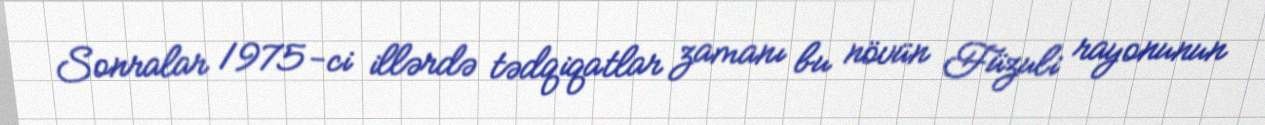
Sonralar 1975-ci illərdə tədqiqatlar zamanı bu növün Füzuli rayonunun